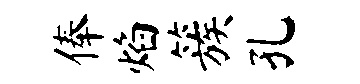
俸焰簇孔